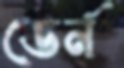
ডের্ন